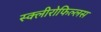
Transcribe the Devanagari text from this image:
स्क्लीरोफिल्लस